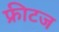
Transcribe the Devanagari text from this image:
फ्रीटज